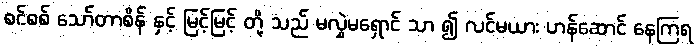
စင်စစ် သော်တာစိန် နှင့် မြင့်မြင့် တို့ သည် မလွှဲမရှောင် သာ ၍ လင်မယား ဟန်ဆောင် နေကြရ